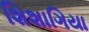
શિશાગિયા